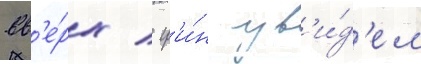
вв'е́рх / гр'и́н ув'и́д'ел